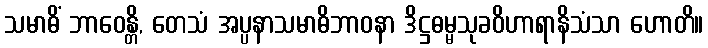
သမာဓိံ ဘာဝေန္တိ, တေသံ အပ္ပနာသမာဓိဘာဝနာ ဒိဋ္ဌဓမ္မသုခဝိဟာရာနိသံသာ ဟောတိ။